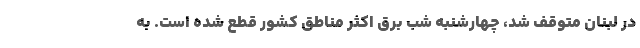
در لبنان متوقف شد، چهارشنبه شب برق اکثر مناطق کشور قطع شده است. به